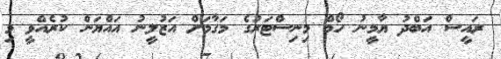
ރައީސް އަބްދު ޔާމީނު ހޯމް މިނިސްޓަރުގެ މަގާމަށް އަޒުލީނު އައްޔަން ކުރެއްވީ މި